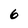
Character: 6